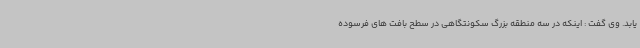
یابد. وی گفت : اینکه در سه منطقه بزرگ سکونتگاهی در سطح بافت های فرسوده